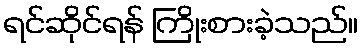
ရင်ဆိုင်ရန် ကြိုးစားခဲ့သည်။